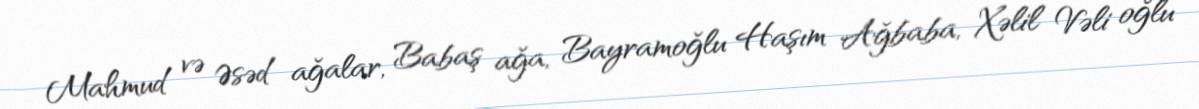
Mahmud və Əsəd ağalar, Babaş ağa, Bayramoğlu Haşım Ağbaba, Xəlil Vəli oğlu